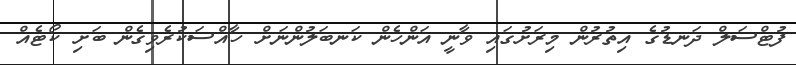
ފުޓްސަލް ދަނޑުގެ އިތުރުން މިރަށުގައި ވާނީ އަންހެން ކަނބަލުންނަށް ހާއްސަކުރެވިގެން ބަށި ކޯޓެއް